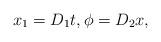
LaTeX: \begin{align*}x_1=D_1 t , \phi = D_2 x ,\end{align*}